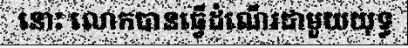
នោះ លោកបានធ្វើដំណើរជាមួយយុទ្ធ